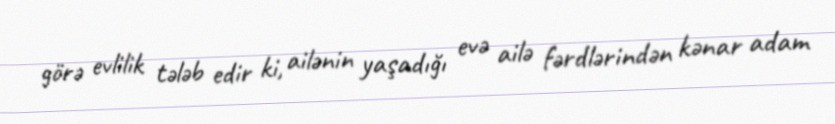
görə evlilik tələb edir ki, ailənin yaşadığı evə ailə fərdlərindən kənar adam